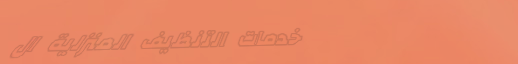
خدمات التنظيف المنزلية ال